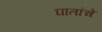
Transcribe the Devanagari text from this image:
घातांचे